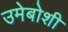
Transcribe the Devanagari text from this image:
उमेबोशी